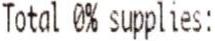
TOTAL 0% SUPPLIES: